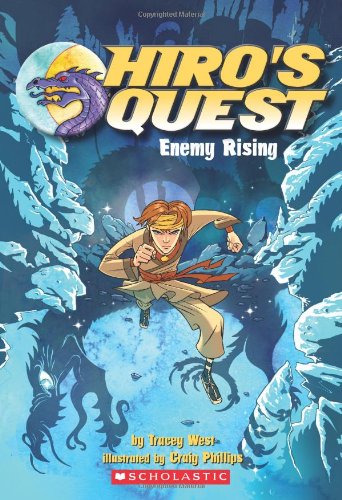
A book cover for Enemy Rising (Hiro's Quest, No.1); Tracey West; Children's Books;